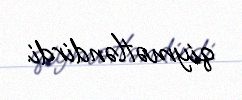
qiymətləndirdi.